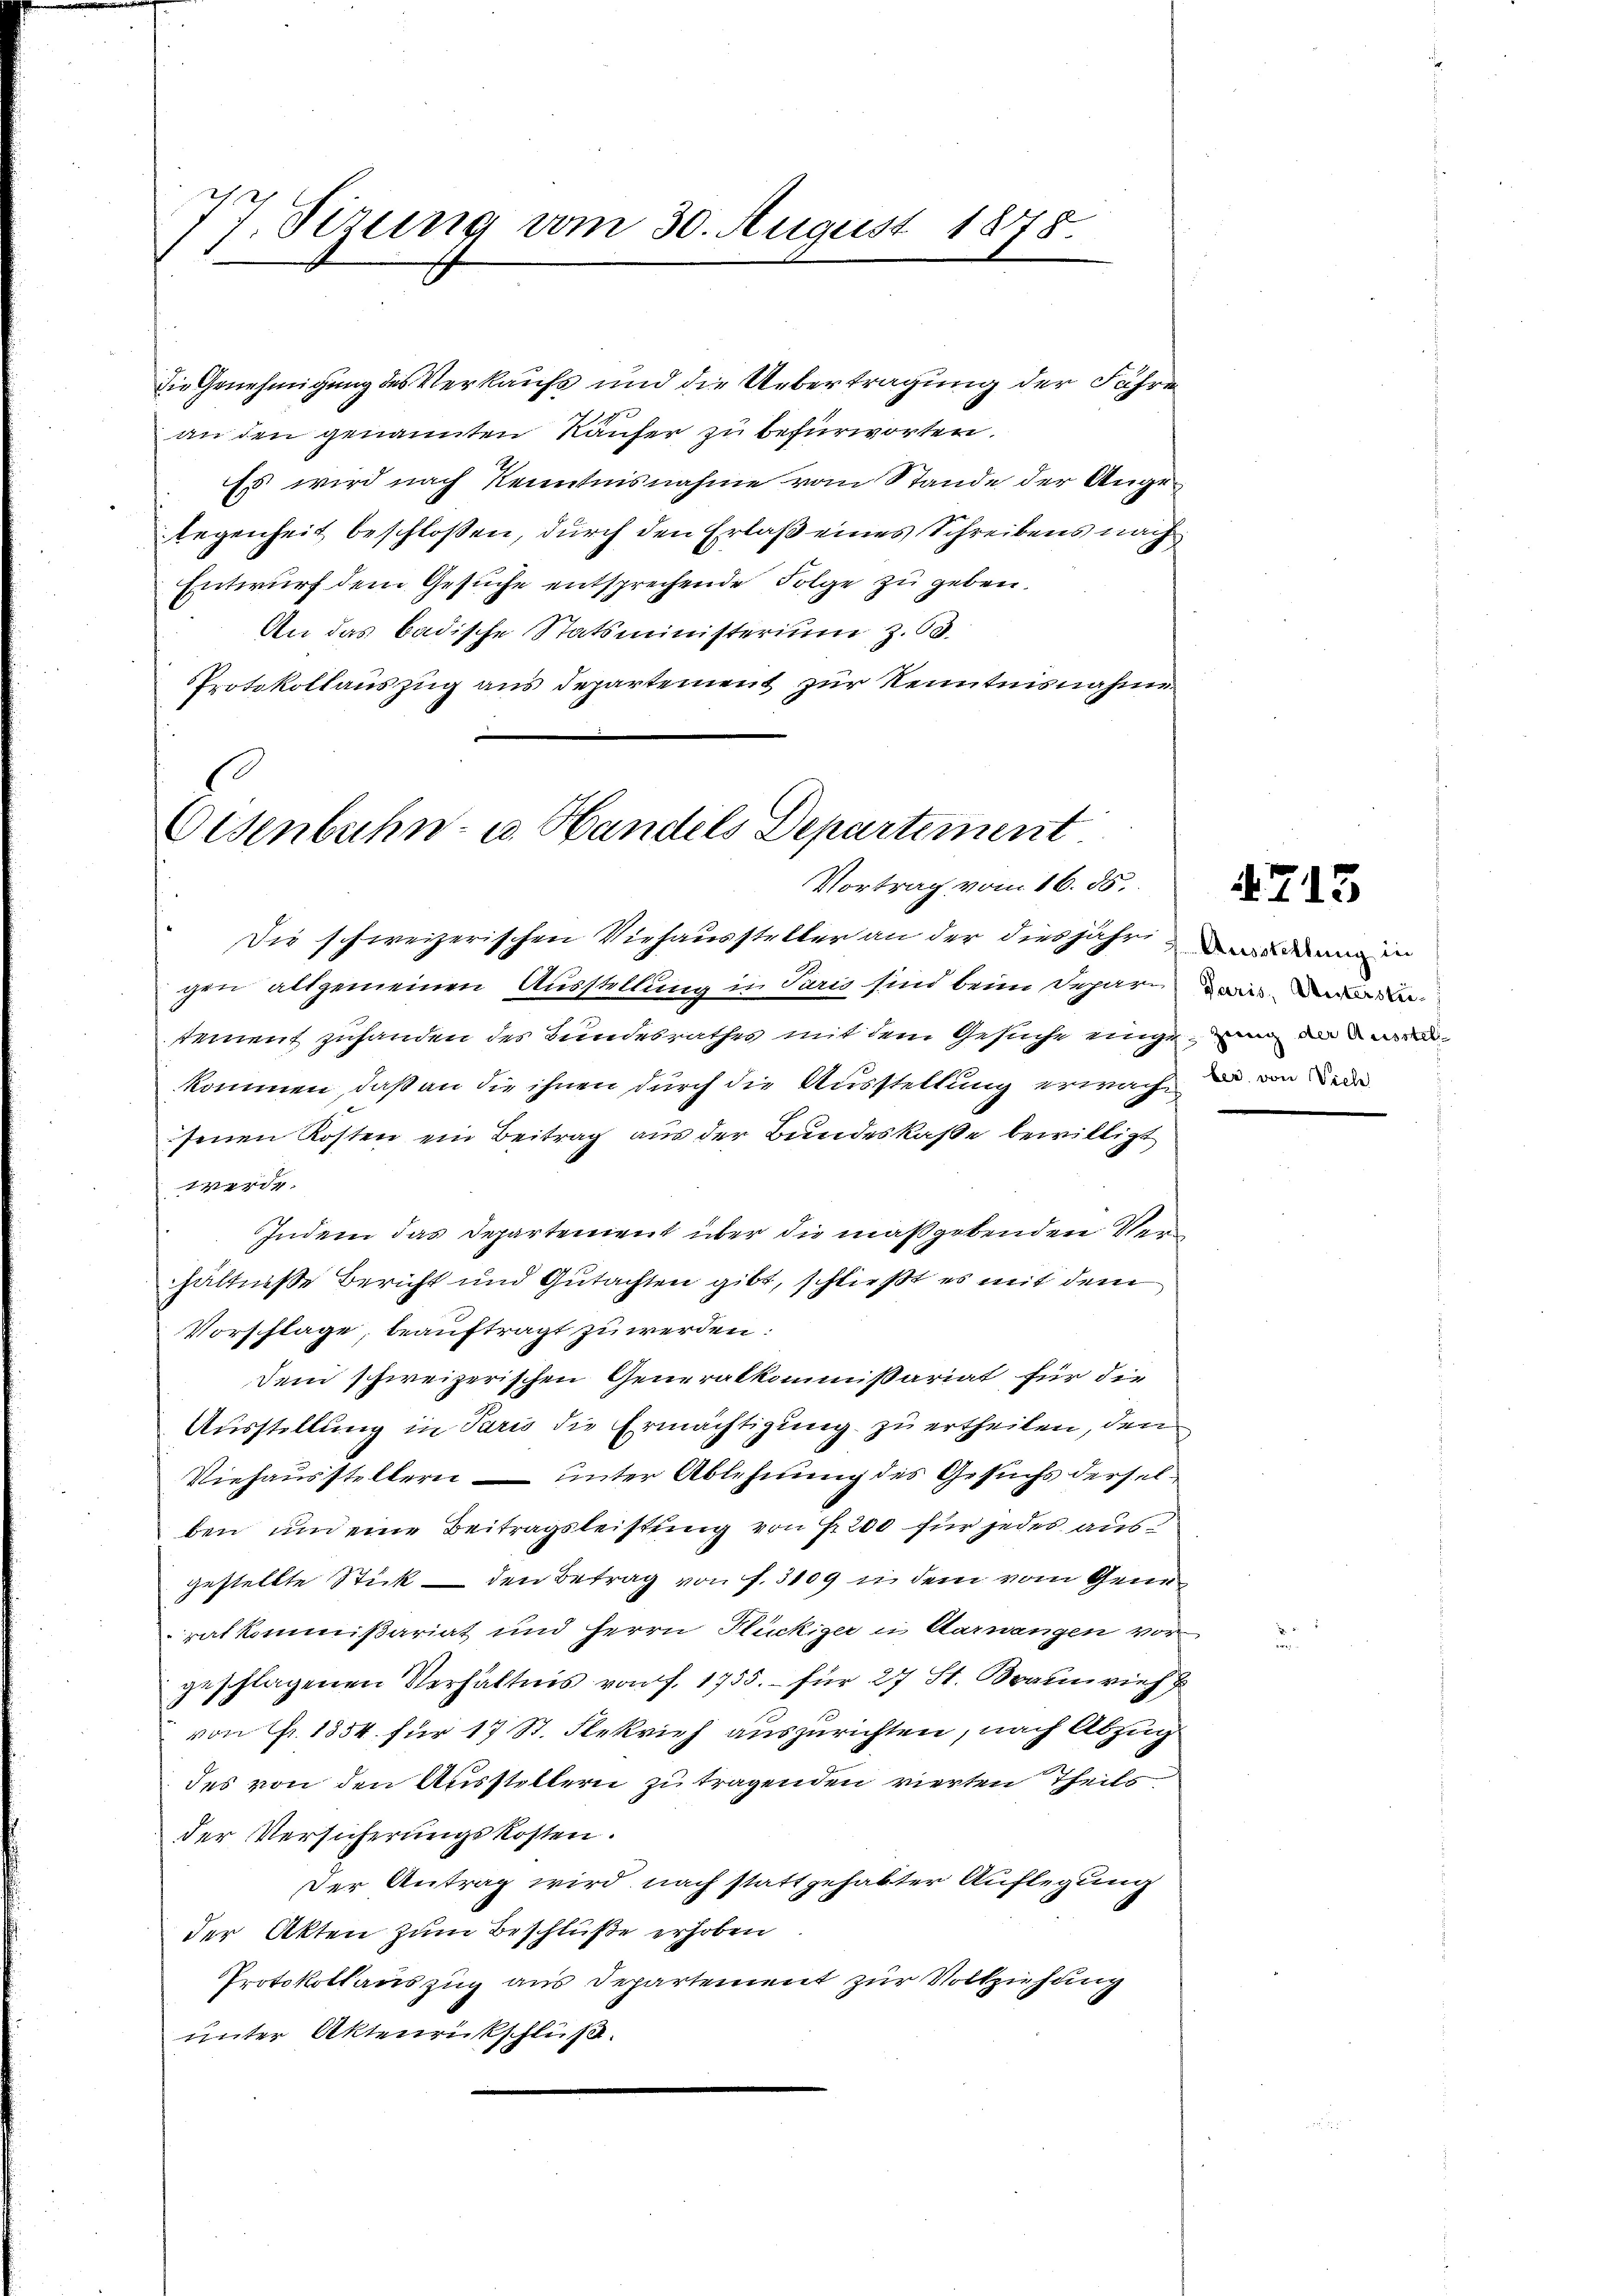
77 Sirung vom 30. August 1878.
.

an den genannten Käufer zu befürworten.
Es wird nach Kenntnisnahme vom Stande der Angelegenheit beschlossen, durch den Erlaß eines Schreibens nach
Entwurf dem Gesuche entsprechende Folge zu geben.
An das badische Statsministerium z. 60.
Protokollauszug aus Departement zur Kenntnisnahme

die Genehmigung des Verkaufs und die Uebertragung der Fahre

Eisenbahn- u. Handels Departement
Vortrag vom 16. ds.
Die schweizerischen Viehaussteller an der diesjährenden in

gen allgemeinen Ausstellung in Paris sind beim Deparain
stement zuhanden des Bundesrathes mit dem Gesuche eingen de
kommen, daß an die ihnen durch die Ausstellung erwache, da von de
senen Kosten ein Beitrag aus der Bundeskaße bewilligt
werde.
Indem das Departement über die maßgebenden Verhältniße Bericht und Gutachten gibt, schließt es mit dem
Vorschlage, beauftragt zu werden:
Dem schweizerischen Generalkommißariat für die
Ausstellung in Paris die Ermächtigung zu ertheilen, den
Viehausstellern – unter Ablehnung des Gesuchs derselben, um eine Beitragsleistung von Fr. 200 für jedes aus
gestellte Stick – den Betrag von f. 3109 in dem vom Generatkommißariat und Herrn Flückiger in Aarwangen vor
geschlagenen Verhältnis von f. 1755. – für 27 St. Braunvieh z
von fr. 1854 für 17 St. Flekrieh auszurichten, nach Abzug
des von den Ausstellern zu tragenden vierten Theils
der Versicherŭngskosten.
Der Antrag wird nach stattgehabter Auflegung
der Akten zum Beschlüße erhoben
Protokollauszug aus Departement zur Vollziehung
unter Aktenrückschluß.

4715